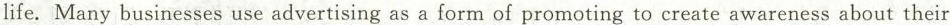
life. Many businesses use advertising as a form of promoting to create awareness about their